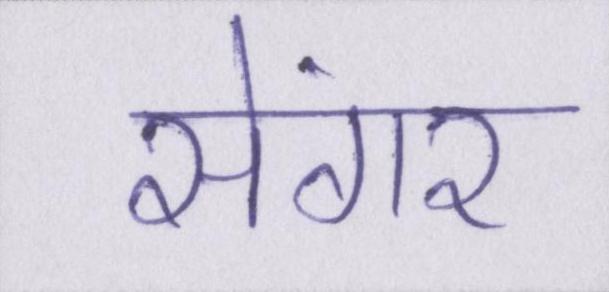
सेंगर